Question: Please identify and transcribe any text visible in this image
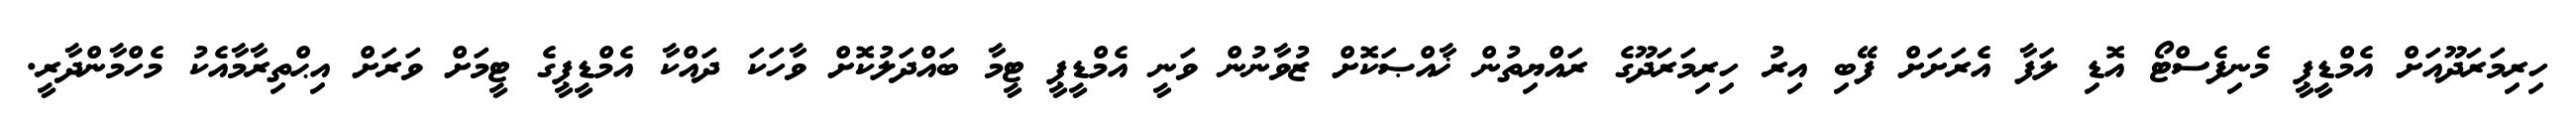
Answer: ހިރިމަރަދޫއަށް އެމްޑީޕީ މެނިފެސްޓޯ އޮޑި ލަފާ އެރަށަށް ފޭބި އިރު ހިރިމަރަދޫގެ ރައްޔިތުން ޚާއްޞަކޮށް ޒުވާނުން ވަނީ އެމްޑީޕީ ޓީމާ ބައްދަލުކޮށް ވާހަކަ ދައްކާ އެމްޑީޕީގެ ޓީމަށް ވަރަށް އިޙްތިރާމާއެކު މެހްމާންދާރީ.